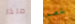
ماذا خصم